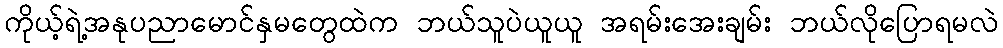
ကိုယ့်ရဲ့အနုပညာမောင်နှမတွေထဲက ဘယ်သူပဲယူယူ အရမ်းအေးချမ်း ဘယ်လိုပြောရမလဲ